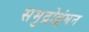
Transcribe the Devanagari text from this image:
समुद्रोल्लंघन